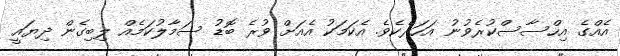
އެއްގެ އިހްސާސްކުރެވުނު އަހަރެކެވެ. އެކަމަކު އެއަށް ވުރެ ބޮޑު ސަމާލުކަމެއް ލިބިގެން ދިޔައީ